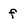
Character: f